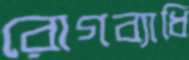
রোগব্যাধি